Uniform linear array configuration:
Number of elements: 32
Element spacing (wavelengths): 0.25
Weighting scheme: blackman
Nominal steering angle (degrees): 45
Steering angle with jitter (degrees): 43.22
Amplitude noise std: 0.05
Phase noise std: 0.05

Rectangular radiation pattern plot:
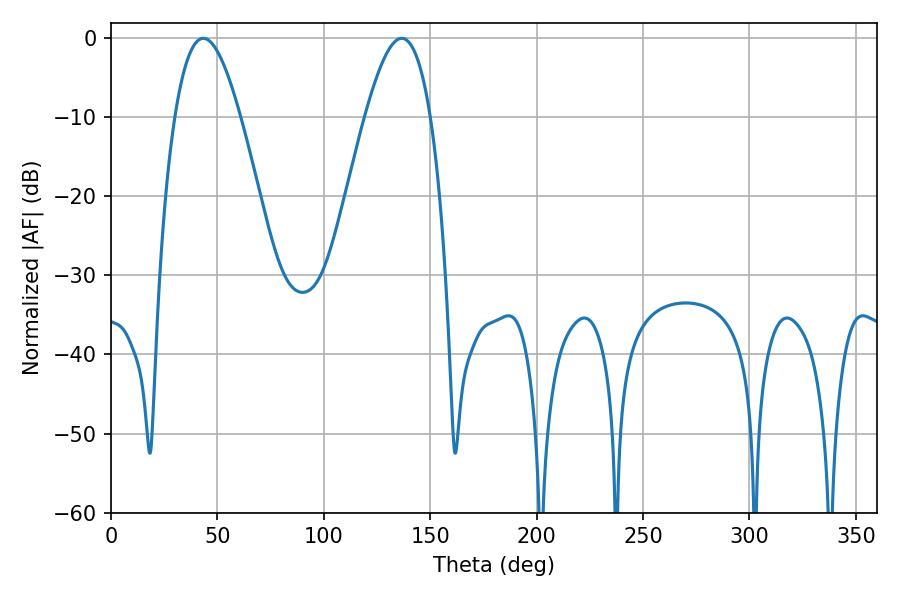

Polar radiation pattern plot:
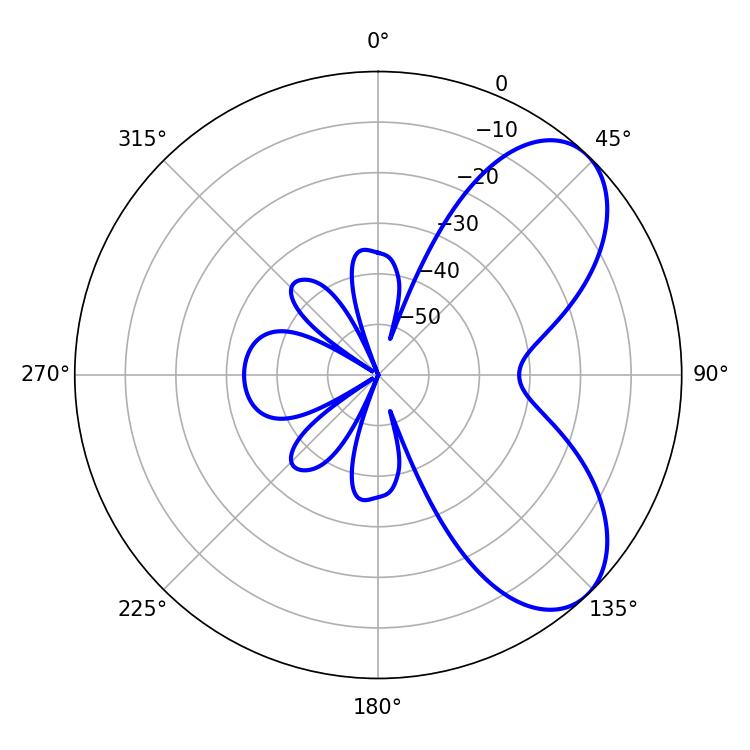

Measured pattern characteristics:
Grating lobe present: FALSE
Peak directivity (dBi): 6.568
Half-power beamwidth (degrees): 16.74
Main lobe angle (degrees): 43.38